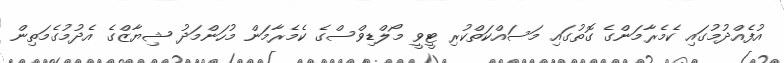
އުފެއްދުމުގައި ކެމެރާމަންގެ ގޮތުގައި މަސައްކަތްކުރި ޓީވީ މޯލްޑިވްސްގެ ކެމެރާމަން މުހަންމަދު ޝިޔާޒްގެ އެދުމުގެމަތިން